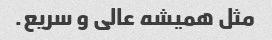
مثل همیشه عالی و سریع.